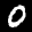
Label: 0